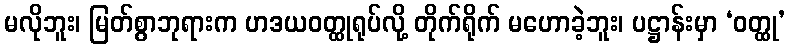
မလိုဘူး၊ မြတ်စွာဘုရားက ဟဒယဝတ္ထုရုပ်လို့ တိုက်ရိုက် မဟောခဲ့ဘူး၊ ပဋ္ဌာန်းမှာ ‘ဝတ္ထု’